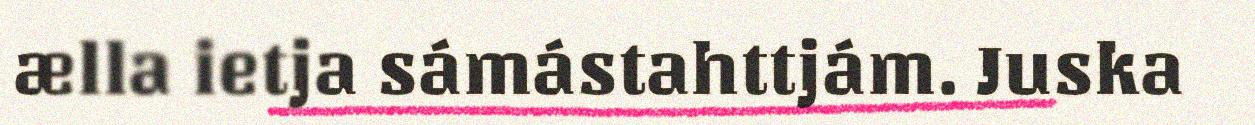
ælla ietja sámástahttjám. Juska